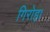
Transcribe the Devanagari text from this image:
गिरोह।